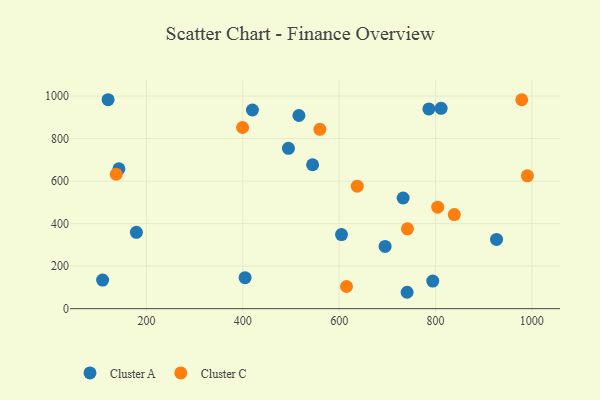
{"axis": {"x": "Price", "y": "Sales"}, "legend": ["Cluster A", "Cluster C"], "data": [{"x": "604.9", "y": 348.5, "type": "Cluster A"}, {"x": "404.8", "y": 145.9, "type": "Cluster A"}, {"x": "516.5", "y": 908.7, "type": "Cluster A"}, {"x": "494.8", "y": 754.4, "type": "Cluster A"}, {"x": "142.9", "y": 657.6, "type": "Cluster A"}, {"x": "794.3", "y": 129.8, "type": "Cluster A"}, {"x": "732.8", "y": 520.5, "type": "Cluster A"}, {"x": "926.7", "y": 325.7, "type": "Cluster A"}, {"x": "695.4", "y": 292.7, "type": "Cluster A"}, {"x": "741.1", "y": 77.1, "type": "Cluster A"}, {"x": "179.2", "y": 359.0, "type": "Cluster A"}, {"x": "786.2", "y": 939.5, "type": "Cluster A"}, {"x": "811.7", "y": 942.2, "type": "Cluster A"}, {"x": "120.5", "y": 982.8, "type": "Cluster A"}, {"x": "109.1", "y": 134.5, "type": "Cluster A"}, {"x": "544.9", "y": 677.0, "type": "Cluster A"}, {"x": "420.0", "y": 934.4, "type": "Cluster A"}, {"x": "137.3", "y": 632.3, "type": "Cluster C"}, {"x": "979.0", "y": 982.6, "type": "Cluster C"}, {"x": "804.6", "y": 477.6, "type": "Cluster C"}, {"x": "399.6", "y": 852.1, "type": "Cluster C"}, {"x": "637.6", "y": 576.2, "type": "Cluster C"}, {"x": "990.7", "y": 624.7, "type": "Cluster C"}, {"x": "615.3", "y": 104.3, "type": "Cluster C"}, {"x": "839.0", "y": 442.4, "type": "Cluster C"}, {"x": "560.0", "y": 843.5, "type": "Cluster C"}, {"x": "741.8", "y": 375.4, "type": "Cluster C"}]}